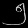
Digit: ၅